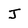
Character: J